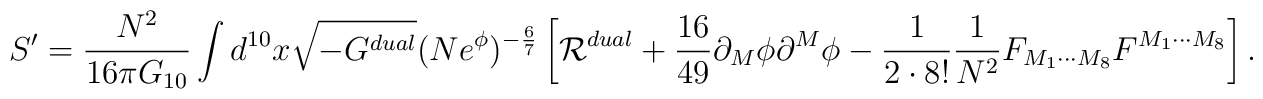
S^{\prime}={{N^2}\over{16\pi G_{10}}}\int d^{10}x\sqrt{-G^{dual}}(Ne^{\phi})^{-{6\over 7}}\left[{\cal R}^{dual}+{{16}\over {49}}\partial_M\phi\partial^M\phi-{1\over {2\cdot 8!}}{1\over{N^2}}F_{M_1\cdots M_8}F^{M_1\cdots M_8}\right].